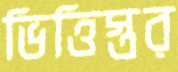
ভিত্তিস্তর